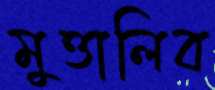
মুত্তালিব